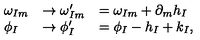
\begin{array} { l l l } { \omega _ { I m } } & { \rightarrow \omega _ { I m } ^ { \prime } } & { = \omega _ { I m } + \partial _ { m } h _ { I } } \\ { \phi _ { I } } & { \rightarrow \phi _ { I } ^ { \prime } } & { = \phi _ { I } - h _ { I } + k _ { I } , } \\ \end{array}